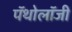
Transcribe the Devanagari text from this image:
पॅथोलॉजी